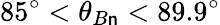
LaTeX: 85^{\circ}<\theta_{B\mathsf{n}}<89.9^{\circ}